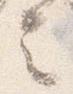
言